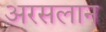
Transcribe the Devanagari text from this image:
अरसलान